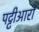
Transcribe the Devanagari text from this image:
पट्टीआरों